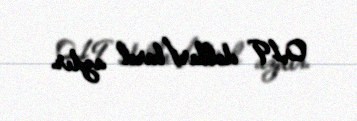
0,19 dollar/barel azdır.